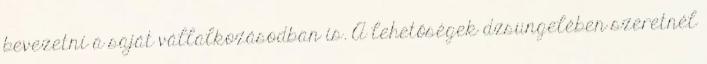
bevezetni a saját vállalkozásodban is. A lehetőségek dzsungelében szeretnél